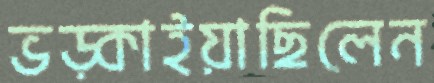
ভড়্‌কাইয়াছিলেন